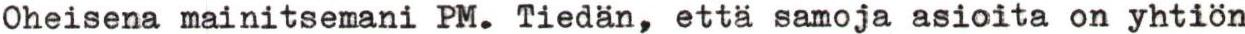
Oheisena mainitsemani PM. Tiedän, että samoja asioita on yhtiön